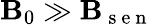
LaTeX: \mathbf{B}_{0}\gg\mathbf{B}_{\mathrm{~s~e~n~}}